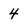
Character: 4